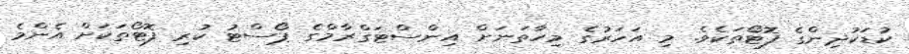
ކުޑަކުދިންގެ ފޮޓޯތަކެވެ. މި އަހަރުގެ މިހާތަނަށް އިންސްޓަގްރާމްގެ ޕޯސްޓު ކުރި ފޮޓޯތަކަށް އެންމެ